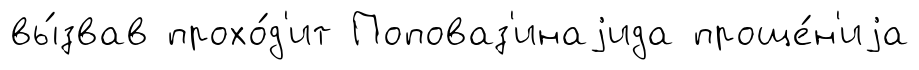
вы́звав прохо́д'ит Поповаз'инаjида проще́н'иjа